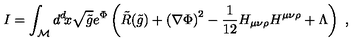
I = \int _ { \cal { M } } d ^ { d } \! x \sqrt { \tilde { g } } e ^ { \Phi } \left( \tilde { R } ( \tilde { g } ) + \left( \nabla \Phi \right) ^ { 2 } - { \frac { 1 } { 1 2 } } H _ { \mu \nu \rho } H ^ { \mu \nu \rho } + \Lambda \right) \ ,